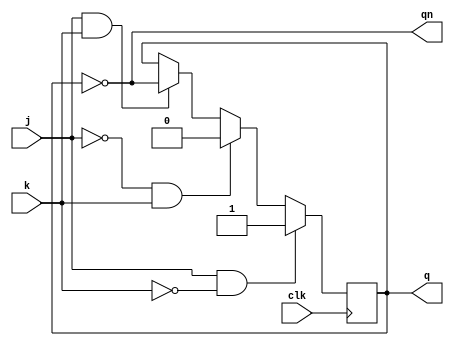
module jk_flipflop (
    input wire clk, // Clock input
    input wire j, // J input
    input wire k, // K input
    output reg q, // Q output
    output reg qn // Q' output
);

reg q_temp;

always @(posedge clk) begin
    if (j & !k) // J=1, K=0
        q_temp <= 1;
    else if (!j & k) // J=0, K=1
        q_temp <= 0;
    else if (j & k) // J=1, K=1
        q_temp <= ~q;
end

assign q = q_temp;
assign qn = ~q;

endmodule